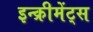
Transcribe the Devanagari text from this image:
इन्‍क्रीमेंट्‌स